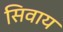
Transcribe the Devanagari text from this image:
सिवाय